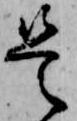
是